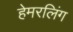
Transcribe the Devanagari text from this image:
हेमरलिंग